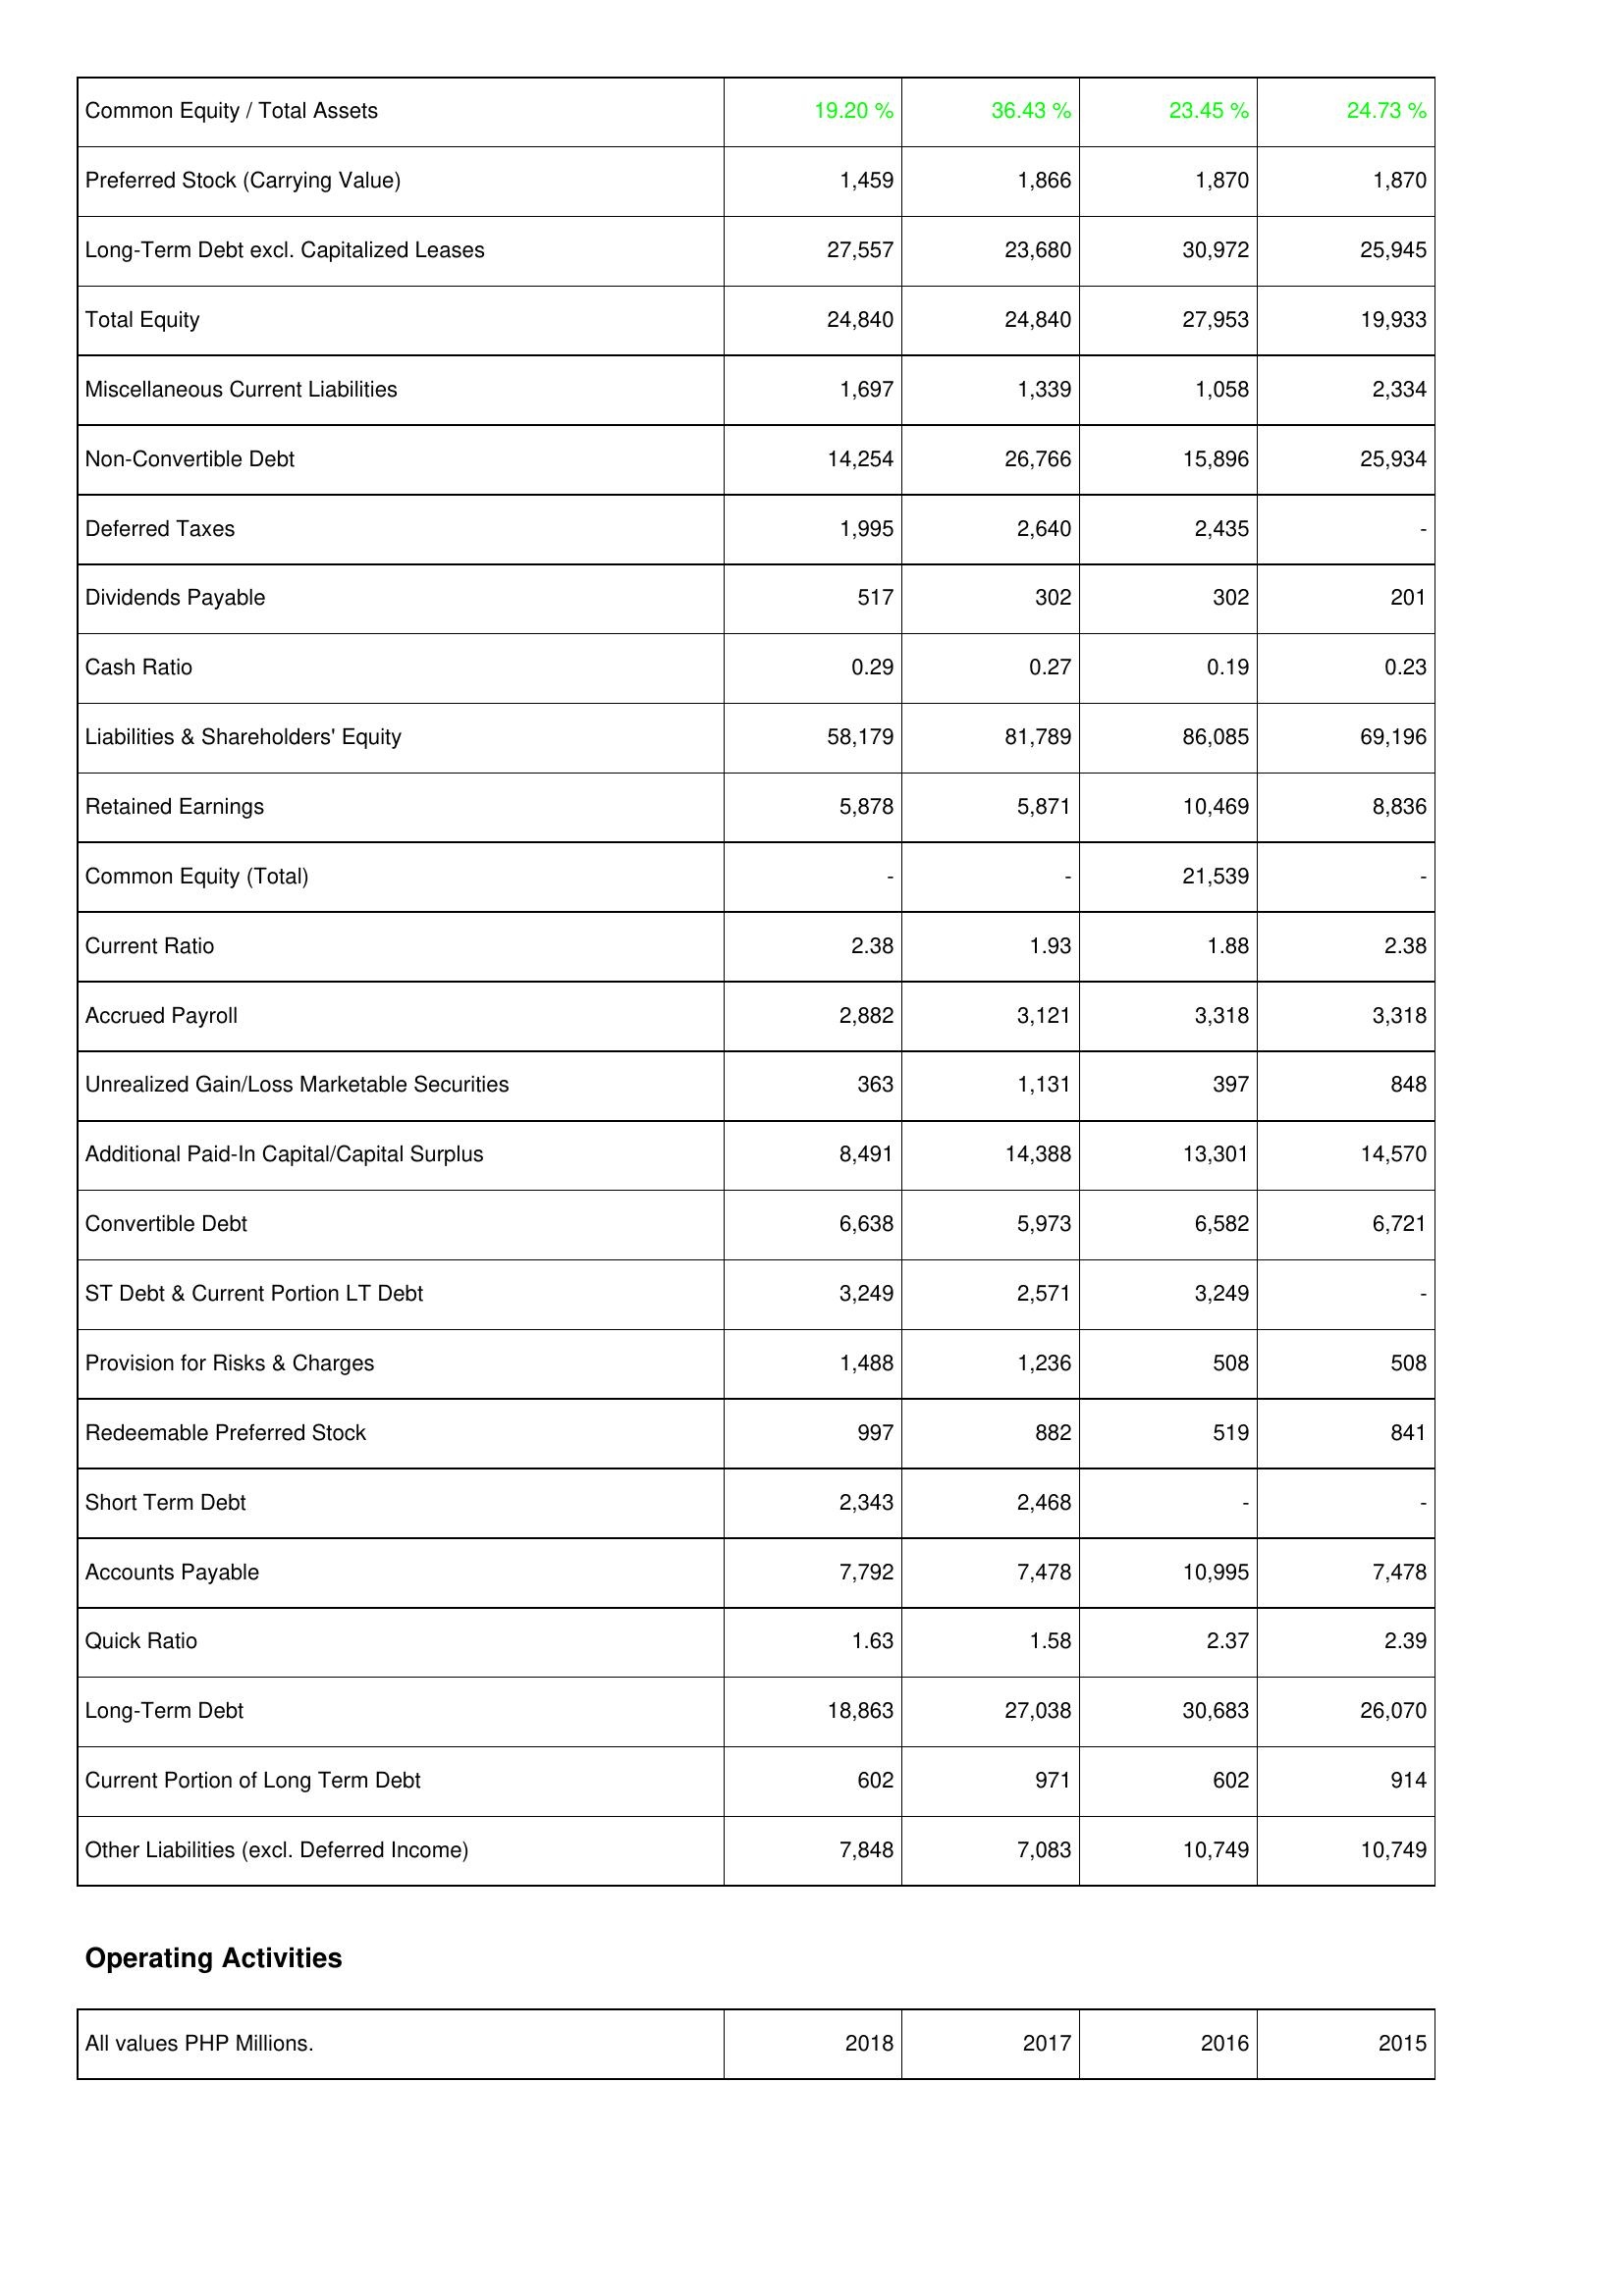
2018: Liabilities & Shareholders' Equity: Common Equity / Total Assets: 19.20 %
Preferred Stock (Carrying Value): 1,459
Long-Term Debt excl. Capitalized Leases: 27,557
Total Equity: 24,840
Miscellaneous Current Liabilities: 1,697
Non-Convertible Debt: 14,254
Deferred Taxes: 1,995
Dividends Payable: 517
Cash Ratio: 0.29
Liabilities & Shareholders' Equity: 58,179
Retained Earnings: 5,878
Common Equity (Total): -
Current Ratio: 2.38
Accrued Payroll: 2,882
Unrealized Gain/Loss Marketable Securities: 363
Additional Paid-In Capital/Capital Surplus: 8,491
Convertible Debt: 6,638
ST Debt & Current Portion LT Debt: 3,249
Provision for Risks & Charges: 1,488
Redeemable Preferred Stock: 997
Short Term Debt: 2,343
Accounts Payable: 7,792
Quick Ratio: 1.63
Long-Term Debt: 18,863
Current Portion of Long Term Debt: 602
Other Liabilities (excl. Deferred Income): 7,848
2017: Liabilities & Shareholders' Equity: Common Equity / Total Assets: 36.43 %
Preferred Stock (Carrying Value): 1,866
Long-Term Debt excl. Capitalized Leases: 23,680
Total Equity: 24,840
Miscellaneous Current Liabilities: 1,339
Non-Convertible Debt: 26,766
Deferred Taxes: 2,640
Dividends Payable: 302
Cash Ratio: 0.27
Liabilities & Shareholders' Equity: 81,789
Retained Earnings: 5,871
Common Equity (Total): -
Current Ratio: 1.93
Accrued Payroll: 3,121
Unrealized Gain/Loss Marketable Securities: 1,131
Additional Paid-In Capital/Capital Surplus: 14,388
Convertible Debt: 5,973
ST Debt & Current Portion LT Debt: 2,571
Provision for Risks & Charges: 1,236
Redeemable Preferred Stock: 882
Short Term Debt: 2,468
Accounts Payable: 7,478
Quick Ratio: 1.58
Long-Term Debt: 27,038
Current Portion of Long Term Debt: 971
Other Liabilities (excl. Deferred Income): 7,083
2016: Liabilities & Shareholders' Equity: Common Equity / Total Assets: 23.45 %
Preferred Stock (Carrying Value): 1,870
Long-Term Debt excl. Capitalized Leases: 30,972
Total Equity: 27,953
Miscellaneous Current Liabilities: 1,058
Non-Convertible Debt: 15,896
Deferred Taxes: 2,435
Dividends Payable: 302
Cash Ratio: 0.19
Liabilities & Shareholders' Equity: 86,085
Retained Earnings: 10,469
Common Equity (Total): 21,539
Current Ratio: 1.88
Accrued Payroll: 3,318
Unrealized Gain/Loss Marketable Securities: 397
Additional Paid-In Capital/Capital Surplus: 13,301
Convertible Debt: 6,582
ST Debt & Current Portion LT Debt: 3,249
Provision for Risks & Charges: 508
Redeemable Preferred Stock: 519
Short Term Debt: -
Accounts Payable: 10,995
Quick Ratio: 2.37
Long-Term Debt: 30,683
Current Portion of Long Term Debt: 602
Other Liabilities (excl. Deferred Income): 10,749
2015: Liabilities & Shareholders' Equity: Common Equity / Total Assets: 24.73 %
Preferred Stock (Carrying Value): 1,870
Long-Term Debt excl. Capitalized Leases: 25,945
Total Equity: 19,933
Miscellaneous Current Liabilities: 2,334
Non-Convertible Debt: 25,934
Deferred Taxes: -
Dividends Payable: 201
Cash Ratio: 0.23
Liabilities & Shareholders' Equity: 69,196
Retained Earnings: 8,836
Common Equity (Total): -
Current Ratio: 2.38
Accrued Payroll: 3,318
Unrealized Gain/Loss Marketable Securities: 848
Additional Paid-In Capital/Capital Surplus: 14,570
Convertible Debt: 6,721
ST Debt & Current Portion LT Debt: -
Provision for Risks & Charges: 508
Redeemable Preferred Stock: 841
Short Term Debt: -
Accounts Payable: 7,478
Quick Ratio: 2.39
Long-Term Debt: 26,070
Current Portion of Long Term Debt: 914
Other Liabilities (excl. Deferred Income): 10,749